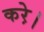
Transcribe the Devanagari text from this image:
करे़।